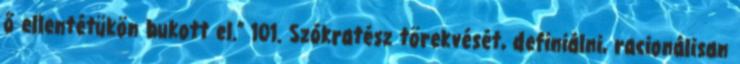
ő ellentétükön bukott el.” 101. Szókratész törekvését, definiálni, racionálisan